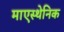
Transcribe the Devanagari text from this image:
माएस्थेनिक